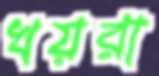
খয়রা